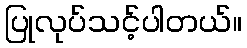
ပြုလုပ်သင့်ပါတယ်။